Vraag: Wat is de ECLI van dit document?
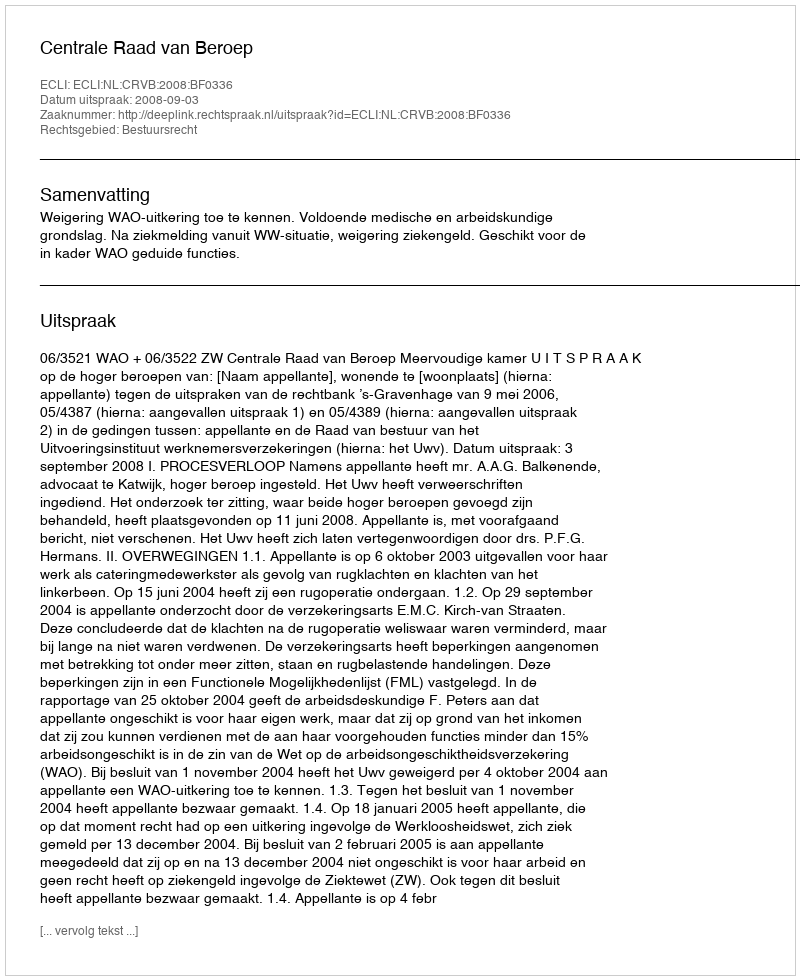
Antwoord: ECLI:NL:CRVB:2008:BF0336